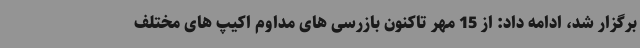
برگزار شد، ادامه داد: از 15 مهر تاکنون بازرسی های مداوم اکیپ های مختلف